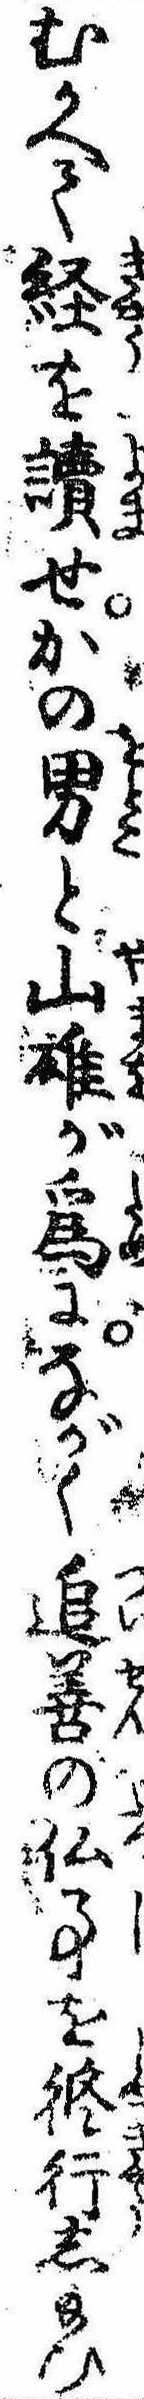
むかへて経を読せかの男と山雄が為にながく追善の仏事を修行し給ひ